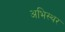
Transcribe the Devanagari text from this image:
अभिस्थर